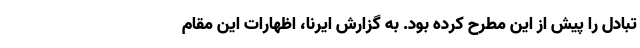
تبادل را پیش از این مطرح کرده بود. به گزارش ایرنا، اظهارات این مقام